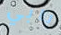
بابي